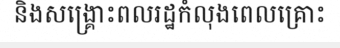
និងសង្គ្រោះពលរដ្ឋកំលុងពេលគ្រោះ